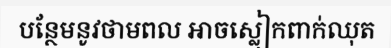
បន្ថែមនូវថាមពល អាចស្លៀកពាក់ឈុត